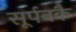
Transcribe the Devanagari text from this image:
सूर्पनकै